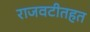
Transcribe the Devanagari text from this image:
राजवटीतहत